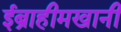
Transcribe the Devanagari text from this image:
ईब्राहीमखानी